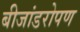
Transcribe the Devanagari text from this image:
बीजांडरोपण